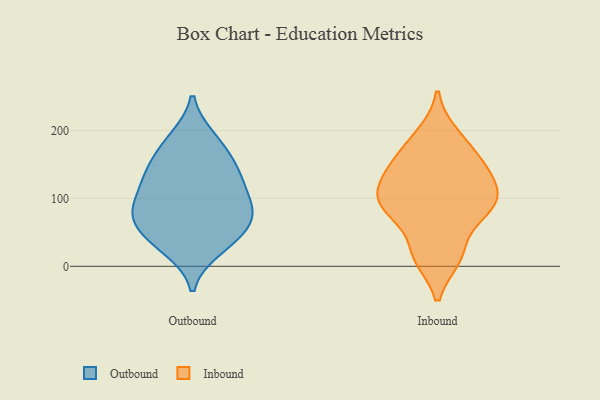
{"axis": {"x": "Energy Usage (MWh)", "y": "Value"}, "legend": ["Inbound", "Outbound"], "data": [{"x": "", "y": 86, "type": "Outbound"}, {"x": "", "y": 85, "type": "Outbound"}, {"x": "", "y": 131, "type": "Outbound"}, {"x": "", "y": 144, "type": "Outbound"}, {"x": "", "y": 32, "type": "Outbound"}, {"x": "", "y": 188, "type": "Outbound"}, {"x": "", "y": 26, "type": "Outbound"}, {"x": "", "y": 77, "type": "Outbound"}, {"x": "", "y": 158, "type": "Outbound"}, {"x": "", "y": 73, "type": "Outbound"}, {"x": "", "y": 122, "type": "Outbound"}, {"x": "", "y": 84, "type": "Outbound"}, {"x": "", "y": 126, "type": "Outbound"}, {"x": "", "y": 53, "type": "Outbound"}, {"x": "", "y": 46, "type": "Outbound"}, {"x": "", "y": 184, "type": "Outbound"}, {"x": "", "y": 82, "type": "Inbound"}, {"x": "", "y": 114, "type": "Inbound"}, {"x": "", "y": 19, "type": "Inbound"}, {"x": "", "y": 163, "type": "Inbound"}, {"x": "", "y": 152, "type": "Inbound"}, {"x": "", "y": 132, "type": "Inbound"}, {"x": "", "y": 82, "type": "Inbound"}, {"x": "", "y": 13, "type": "Inbound"}, {"x": "", "y": 194, "type": "Inbound"}, {"x": "", "y": 85, "type": "Inbound"}, {"x": "", "y": 109, "type": "Inbound"}]}